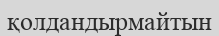
қолдандырмайтын